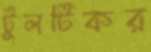
টুলটিকর